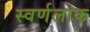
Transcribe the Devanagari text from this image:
स्वर्णलोक